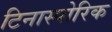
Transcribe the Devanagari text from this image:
टिनास्पोरिक